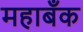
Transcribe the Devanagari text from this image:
महाबँक